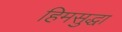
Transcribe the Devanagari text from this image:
हिमसुद्धा